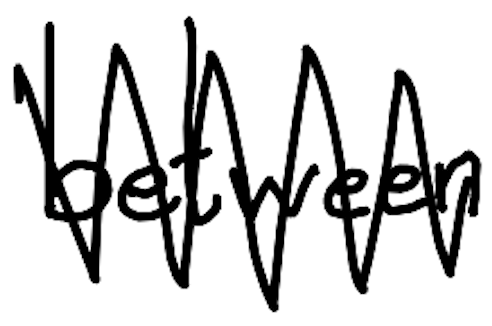
Text: between
Cross-out: mix
Writing tool: digital_black